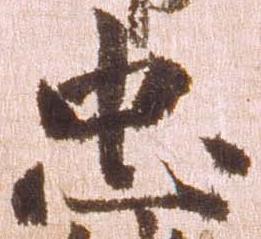
忠